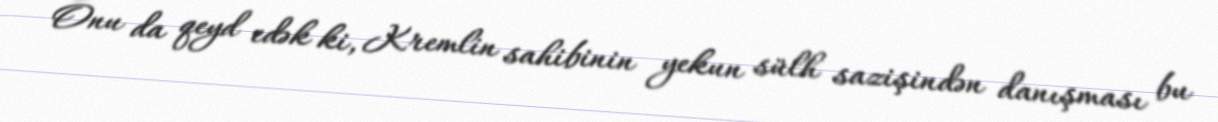
Onu da qeyd edək ki, Kremlin sahibinin yekun sülh sazişindən danışması bu